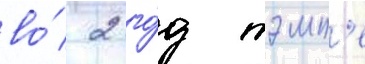
во́ 2 го́д тэмп'е